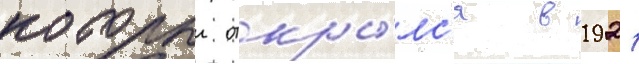
которыи откры́лс'я в 1921